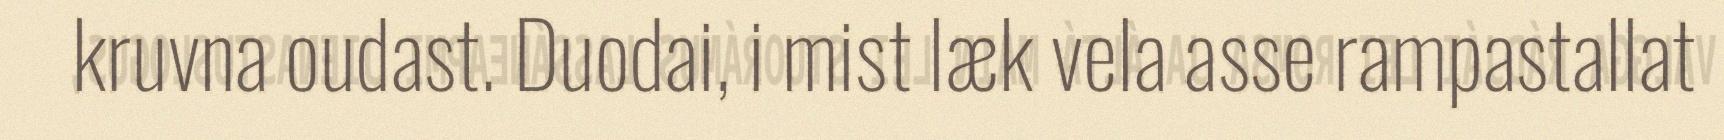
kruvna oudast. Duodai, i mist læk vela asse rampastallat